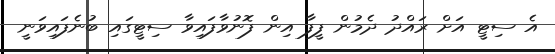
އެ ސިޓީ އަށް ރައްދު ދެމުން ފީފާ އިން ފޮނުވާފައިވާ ސިޓީގައި ބުނެފައިވަނީ